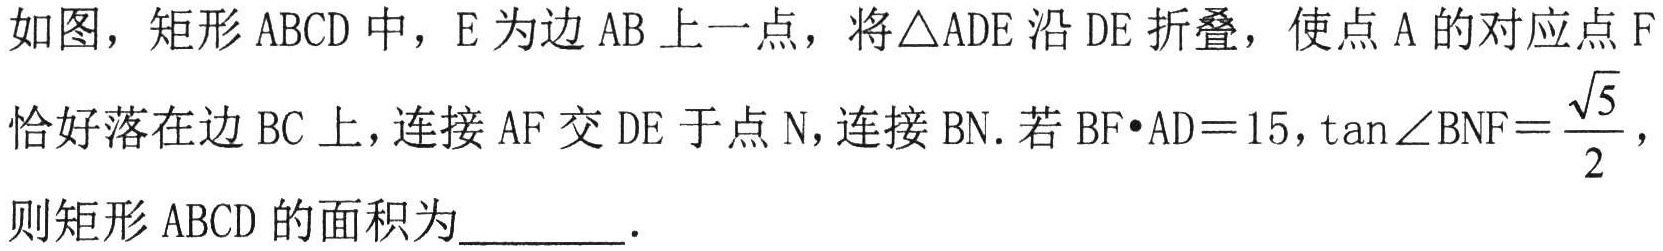
如图，矩形 \(ABCD\) 中，\(E\) 为边 \(AB\) 上一点，将\(\triangle ADE\) 沿 \(DE\) 折叠，使点 \(A\) 的对应点 \(F\) 恰好落在边 \(BC\) 上，连接 \(AF\) 交 \(DE\) 于点 \(N\)，连接 \(BN\). 若 \(BF\cdot AD = 15\)，\(\tan\angle BNF=\frac{\sqrt{5}}{2}\)，则矩形 \(ABCD\) 的面积为________.